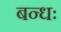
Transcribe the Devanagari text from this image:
बन्धः